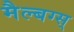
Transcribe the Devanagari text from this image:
मैल्बग्स्